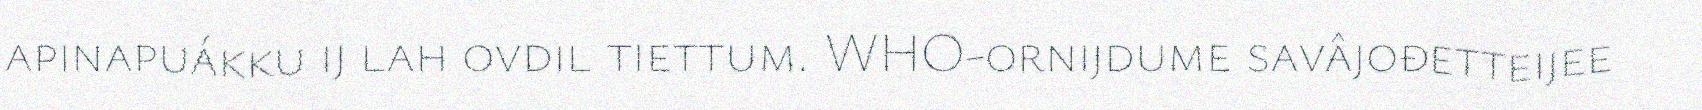
apinapuákku ij lah ovdil tiettum. WHO-ornijdume savâjođetteijee